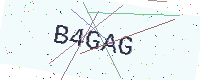
Text: B4GAG